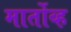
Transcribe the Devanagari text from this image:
मार्तोव्ह